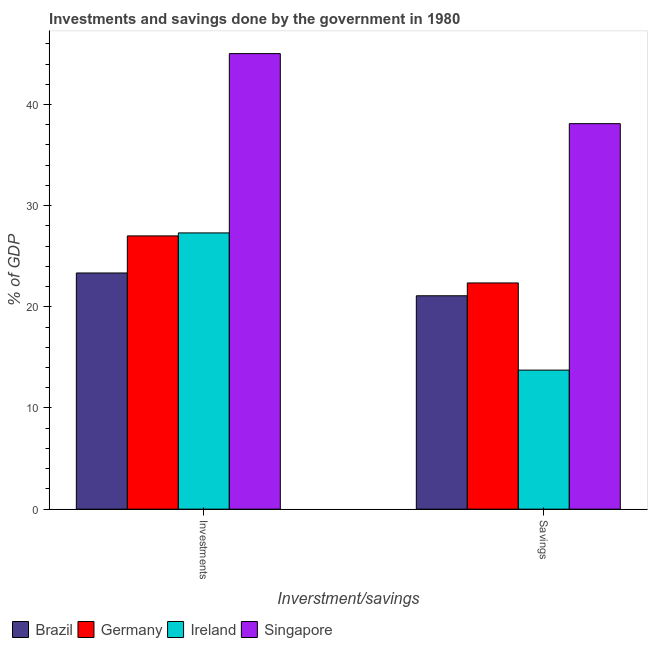
| Inverstment/savings | Brazil | Germany | Ireland | Singapore |
 | --- | --- | --- | --- | --- |
 | Investments | 23.3 | 27 | 27.3 | 45 |
 | Savings | 21.1 | 22.4 | 13.7 | 38.1 |